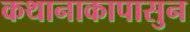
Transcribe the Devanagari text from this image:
कथानाकापासुन